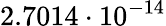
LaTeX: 2.7014\cdot 10^{-14}